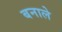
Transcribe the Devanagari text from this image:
बनाले